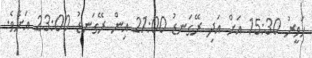
ހަވީރު 15:30 އަށް އަދި ރޭގަނޑު 21:00 އިން ރޭގަނޑު 23:00 އަށެވެ.